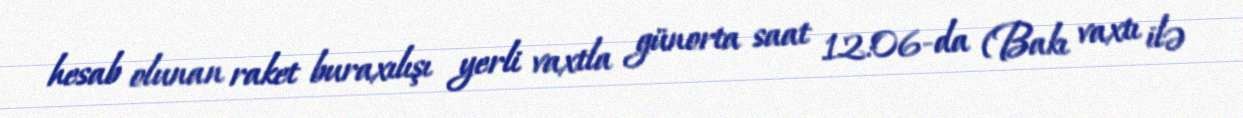
hesab olunan raket buraxılışı yerli vaxtla günorta saat 12:06-da (Bakı vaxtı ilə